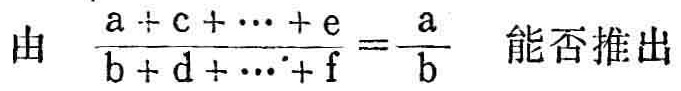
由 $\frac{a + c + \cdots + e}{b + d + \cdots + f}=\frac{a}{b}$ 能否推出